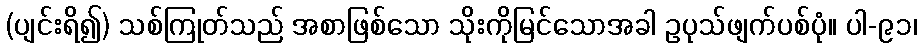
(ပျင်းရိ၍) သစ်ကြုတ်သည် အစာဖြစ်သော သိုးကိုမြင်သောအခါ ဥပုသ်ဖျက်ပစ်ပုံ။ ပါ-၉၁၊